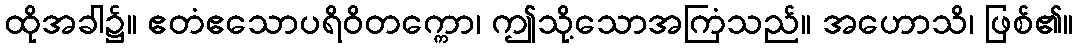
ထိုအခါ၌။ ဧတံဧသောပရိဝိတက္ကော၊ ဤသို့သောအကြံသည်။ အဟောသိ၊ ဖြစ်၏။